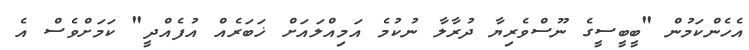
އެހެންކަމުން "ބީބީސީގެ ނޫސްވެރިޔާ ދުރާލާ ނުކުމެ އަމިއްލައަށް ޚަބަރެއް އުފެއްދީ" ކަމަށްވެސް އެ